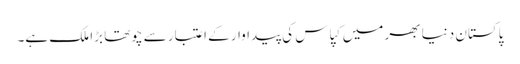
پاکستان دنیا بھر میں کپاس کی پیداوار کے اعتبار سے چوتھا بڑا ملک ہے۔